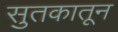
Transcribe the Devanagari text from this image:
सुतकातून